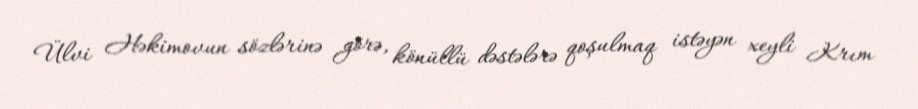
Ülvi Həkimovun sözlərinə görə, könüllü dəstələrə qoşulmaq istəyən xeyli Krım